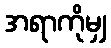
အရာကိုမျှ